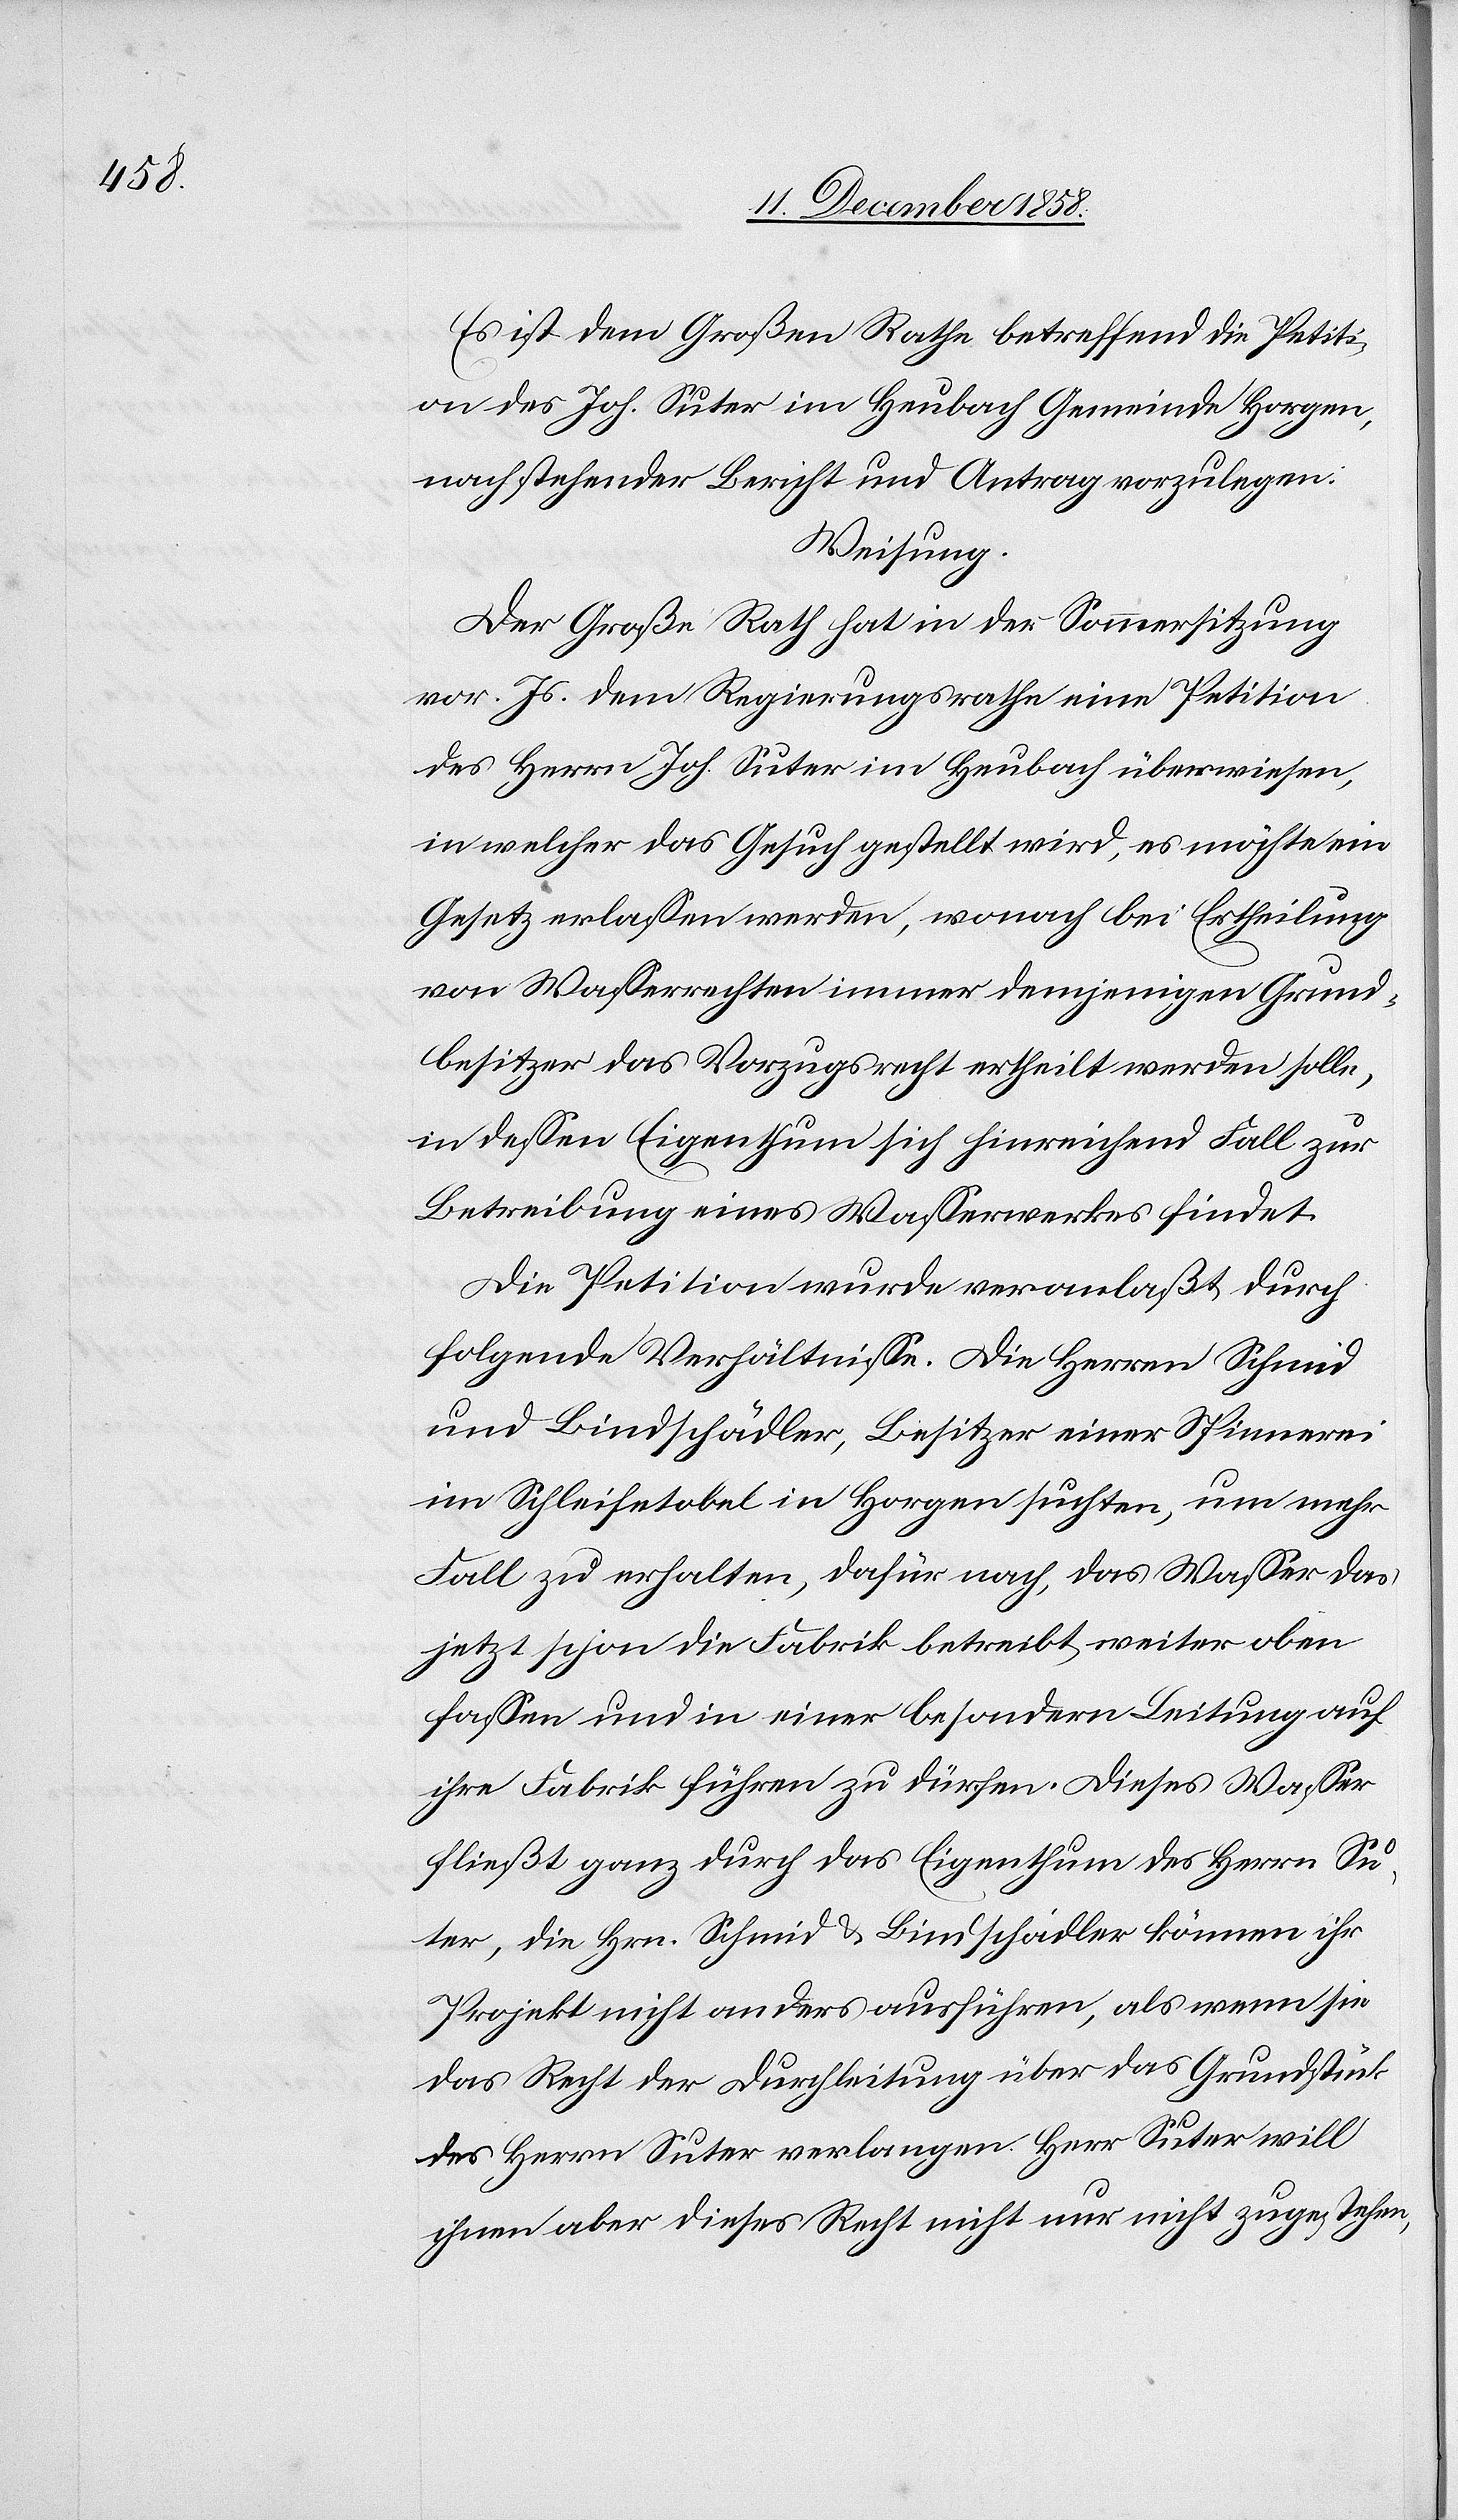
Es ist dem Großen Rathe betreffend die Petiti¬
on des Joh. Suter im Heubach Gemeinde Horgen,
nachstehender Bericht und Antrag vorzulegen:
Weisung.
Der Große Rath hat in der Sommersitzung
vor. Js. dem Regierungsrathe eine Petition
des Herrn Joh. Suter im Heubach überwiesen,
in welcher das Gesuch gestellt wird, es möchte ein
Gesetz erlassen werden, wonach bei Ertheilung
von Wasserrechten immer demjenigen Grund¬
besitzer das Vorzugsrecht ertheilt werden solle,
in dessen Eigenthum sich hinreichend Fall zur
Betreibung eines Wasserwerkes findet.
Die Petition wurde veranlaßt durch
folgende Verhältnisse. Die Herren Schmid
und Bindschädler, Besitzer einer Spinnerei
im Schleifetobel in Horgen suchten, um mehr
Fall zu erhalten, dafür nach, das Wasser das
jetzt schon die Fabrik betreibt, weiter oben
fassen und in einer besondern Leitung auf
ihre Fabrik führen zu dürfen. Dieses Wasser
fließt ganz durch das Eigenthum des Herrn Su¬
ter, die Hrn. Schmid & Bindschädler können ihr
Projekt nicht anders ausführen, als wenn sie
das Recht der Durchleitung über das Grundstück
des Herrn Suter verlangen. Herr Suter will
ihnen aber dieses Recht nicht nur nicht zugestehen,